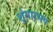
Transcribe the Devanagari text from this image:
शृंगारमय